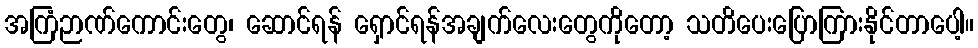
အကြံဉာဏ်ကောင်းတွေ၊ ဆောင်ရန် ရှောင်ရန်အချက်လေးတွေကိုတော့ သတိပေးပြောကြားနိုင်တာပေါ့။